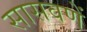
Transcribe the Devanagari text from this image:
सासवणें